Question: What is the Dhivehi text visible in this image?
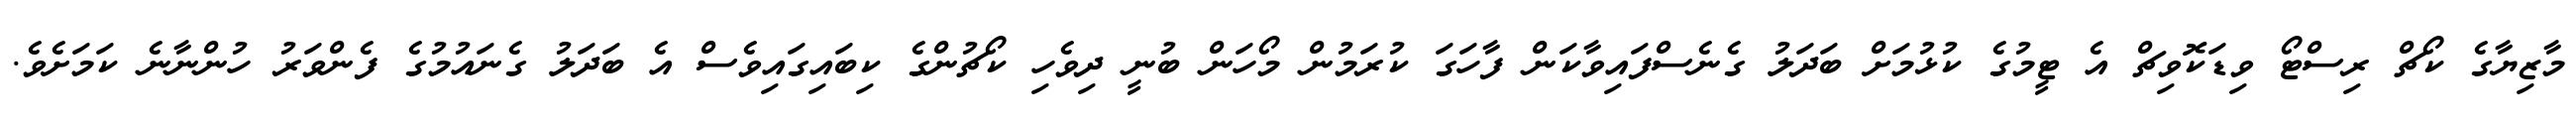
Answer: މާޒިޔާގެ ކޯޗް ރިސްޓޯ ވިޑަކޮވިޗް އެ ޓީމުގެ ކުޅުމަށް ބަދަލު ގެނެސްފައިވާކަން ފާހަގަ ކުރަމުން މޯހަން ބުނީ ދިވެހި ކޯޗުންގެ ކިބައިގައިވެސް އެ ބަދަލު ގެނައުމުގެ ފެންވަރު ހުންނާނެ ކަމަށެވެ.